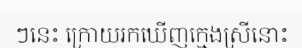
ៗនេះ ក្រោយរកឃើញក្មេងស្រីនោះ